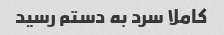
کاملا سرد به دستم رسید